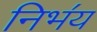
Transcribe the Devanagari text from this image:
निभ॔य